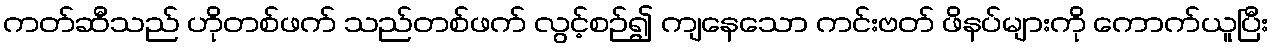
ကတ်ဆီသည် ဟိုတစ်ဖက် သည်တစ်ဖက် လွင့်စဉ်၍ ကျနေသော ကင်းဗတ် ဖိနပ်များကို ကောက်ယူပြီး